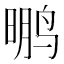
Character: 𱊂